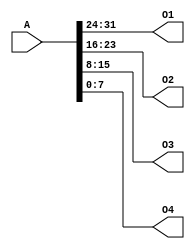
`timescale 1ns / 1ps
//////////////////////////////////////////////////////////////////////////////////
// Company: 
// Engineer: 
// 
// Design Name: 
// Module Name:    splitter 
// Project Name: 
// Target Devices: 
// Tool versions: 
// Description: 
//
// Dependencies: 
//
// Revision: 
// Revision 0.01 - File Created
// Additional Comments: 
//
//////////////////////////////////////////////////////////////////////////////////
module splitter(
    input [31:0] A,
    output [7:0] O1,
    output [7:0] O2,
    output [7:0] O3,
    output [7:0] O4
    );
	 
assign {O1,O2,O3,O4}=A;



endmodule